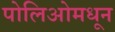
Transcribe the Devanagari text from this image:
पोलिओमधून